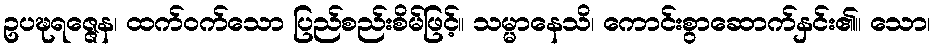
ဥပဍ္ဎရဇ္ဇေန၊ ထက်ဝက်သော ပြည်စည်းစိမ်ဖြင့်။ သမ္မာနေသိ၊ ကောင်းစွာဆောက်နှင်း၏။ သော၊